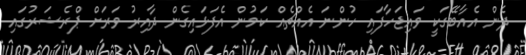
ދެން އެއާބޭގަކީ ވައިޖަހާފައި ހުންނަ އެއްޗެއް ކަމުން އެފަޅައިގެން ދާއިރު ވަރަށް ޕްރެޝަރުގައި